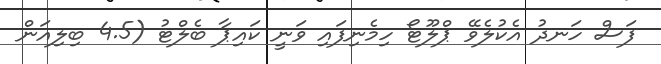
ފަސް ހަނދު އެކުލެވޭ ޕްލޫޓޯ ހިމެނިފައި ވަނީ ކައިޕާ ބެލްޓު (4.5 ބިލިއަން